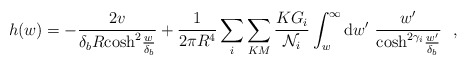
\begin{align*}h(w)=-\frac{2v}{\delta_b R{\rm cosh}^2\frac{w}{\delta_b}}+\frac{1}{2\pi R^4}\sum_i\sum_{KM}\frac{KG_i}{{\cal N}_i}\int_w^{\infty}{\rm d}w'~\frac{w'}{{\rm cosh}^{2\gamma_i}\frac{w'}{\delta_b}}~~,\end{align*}